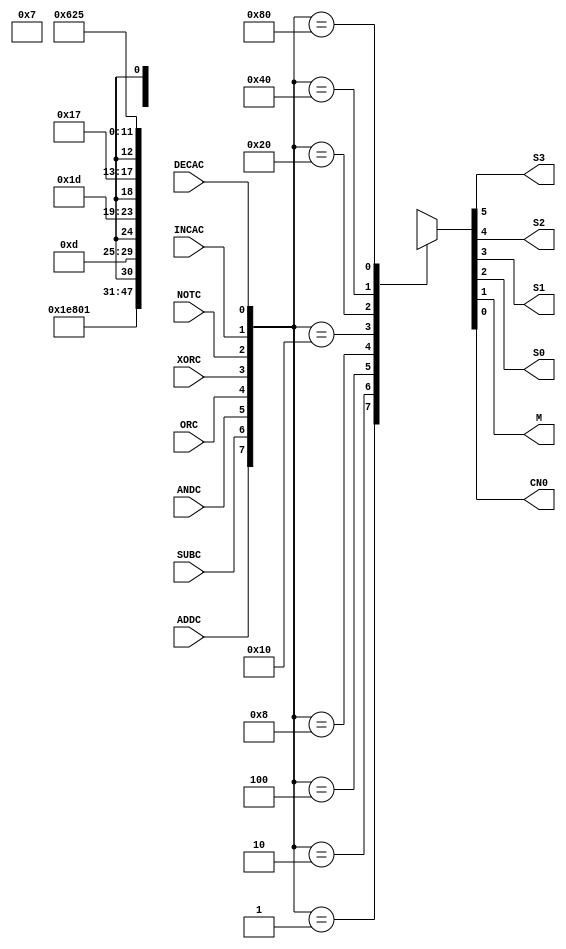
module tr(ADDC,SUBC,ANDC,ORC,XORC,NOTC,INCAC,DECAC,S3,S2,S1,S0,M,CN0);
input ADDC,SUBC,ANDC,ORC,XORC,NOTC,INCAC,DECAC;
output reg S3,S2,S1,S0,M,CN0;
always @ (ADDC or SUBC or ANDC or ORC or XORC or NOTC or INCAC or DECAC)
begin
	case({ADDC,SUBC,ANDC,ORC,XORC,NOTC,INCAC,DECAC})
		8'b00000001:{S3,S2,S1,S0,M,CN0} = 6'b111101;
		8'b00000010:{S3,S2,S1,S0,M,CN0} = 6'b000000;
		8'b00000100:{S3,S2,S1,S0,M,CN0} = 6'b00001x;
		8'b00001000:{S3,S2,S1,S0,M,CN0} = 6'b01101x;
		8'b00010000:{S3,S2,S1,S0,M,CN0} = 6'b11101x;
		8'b00100000:{S3,S2,S1,S0,M,CN0} = 6'b10111x;
		8'b01000000:{S3,S2,S1,S0,M,CN0} = 6'b011000;
		8'b10000000:{S3,S2,S1,S0,M,CN0} = 6'b100101;
		default: {S3,S2,S1,S0,M,CN0} = 6'b00111x;
	endcase
end
endmodule